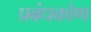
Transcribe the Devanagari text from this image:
प्रबंधकोण